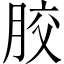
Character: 胶